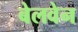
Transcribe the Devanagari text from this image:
बेलवेन